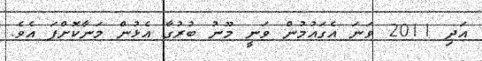
އަދި 2011 ވަނަ އެގައުމުން ވަނީ މޫނު ބުރުގާ އެޅުން މަނާކޮށްފަ އެވެ.